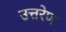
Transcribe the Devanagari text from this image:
उत्तरेण